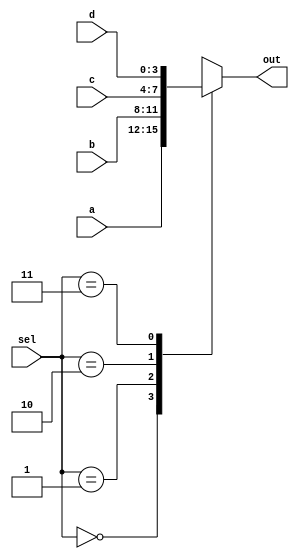
`timescale 1ns / 1ps
//////////////////////////////////////////////////////////////////////////////////
// Company: 
// Engineer: 
// 
// Design Name: 
// Module Name: mux
// Project Name: 
// Target Devices: 
// Tool Versions: 
// Description: 
// 
// Dependencies: 
// 
// Revision:
// Revision 0.01 - File Created
// Additional Comments:
// 
//////////////////////////////////////////////////////////////////////////////////


module mux #(parameter ancho=4)(
    input [ancho-1:0] a, b, c, d,
    input [1:0] sel,
    output reg [ancho-1:0] out
    ); 



    always @(*) begin
        case(sel)
            2'b00: out=a;
            2'b01: out=b;
            2'b10: out=c;
            2'b11: out=d;
            default out=1'bx;
        endcase
    end

endmodule